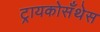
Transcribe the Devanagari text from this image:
ट्रायकोसँथेस